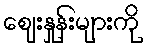
ဈေးနှုန်းများကို